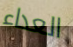
العداء